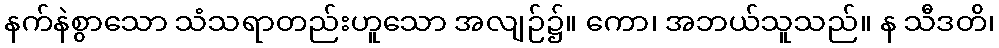
နက်နဲစွာသော သံသရာတည်းဟူသော အလျဉ်၌။ ကော၊ အဘယ်သူသည်။ န သီဒတိ၊